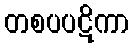
တစပပဋိကာ